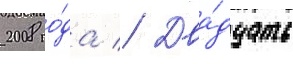
2008 го́да // Два́дцать